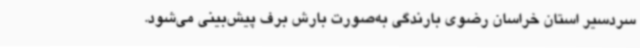
سردسیر استان خراسان رضوی بارندگی به‌صورت بارش برف پیش‌بینی می‌شود.